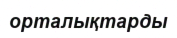
орталықтарды